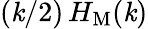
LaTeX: (\mathit{k}/2)\, H_{\mathrm{{M}}}(\mathit{k})